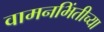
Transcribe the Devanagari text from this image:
वामनभिंतीच्या